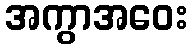
အကွာအဝေး